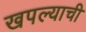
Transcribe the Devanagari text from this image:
खपल्याची